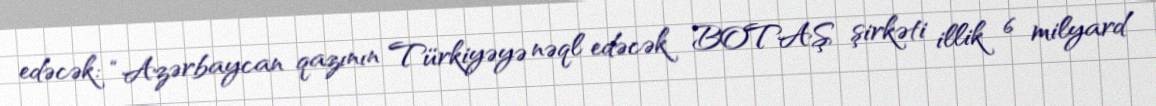
edəcək: “Azərbaycan qazının Türkiyəyə nəql edəcək BOTAŞ şirkəti illik 6 milyard